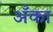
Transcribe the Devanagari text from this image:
अँका